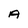
Character: A